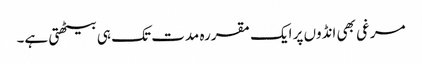
مرغی بھی انڈوں پر ایک مقررہ مدت تک ہی بیٹھتی ہے۔